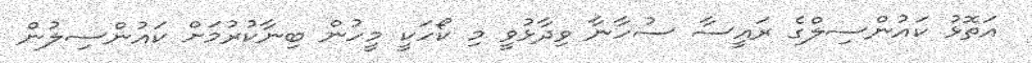
އަތޮޅު ކައުންސިލްގެ ރައީސާ ސުހާނާ ވިދާޅުވީ މި ކޯހަކީ މީހުން ބިނާކުރުމަށް ކައުންސިލުން